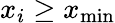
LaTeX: x_{i}\geq x_{\textrm{min}}